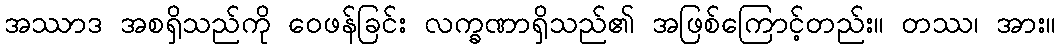
အဿာဒ အစရှိသည်ကို ဝေဖန်ခြင်း လက္ခဏာရှိသည်၏ အဖြစ်ကြောင့်တည်း။ တဿ၊ အား။